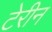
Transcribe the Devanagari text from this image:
टेरीन